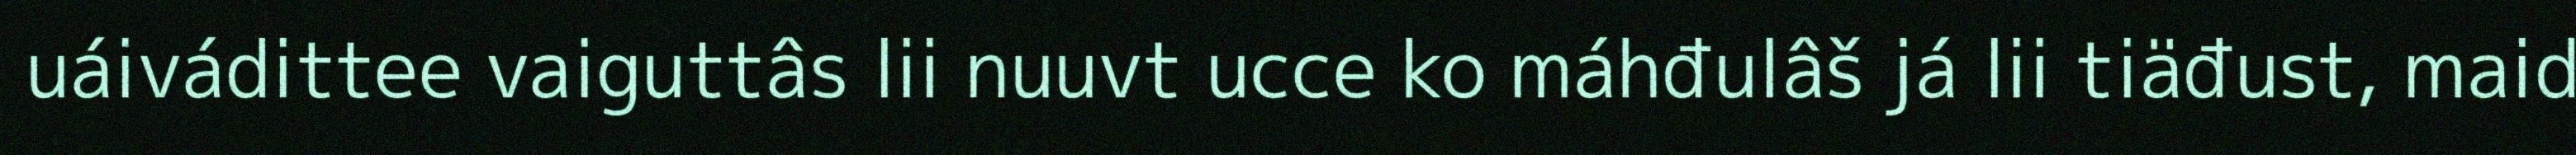
uáivádittee vaiguttâs lii nuuvt ucce ko máhđulâš já lii tiäđust, maid